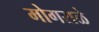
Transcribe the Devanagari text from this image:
मोगराळे